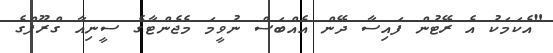
"އެކަމަކު އެ ރޭޓުން ފައިސާ ދޭން އެއްބަސް ނުވީމަ މެޖެންޓާގެ ސީނިއާ ގްރޫޕްގެ